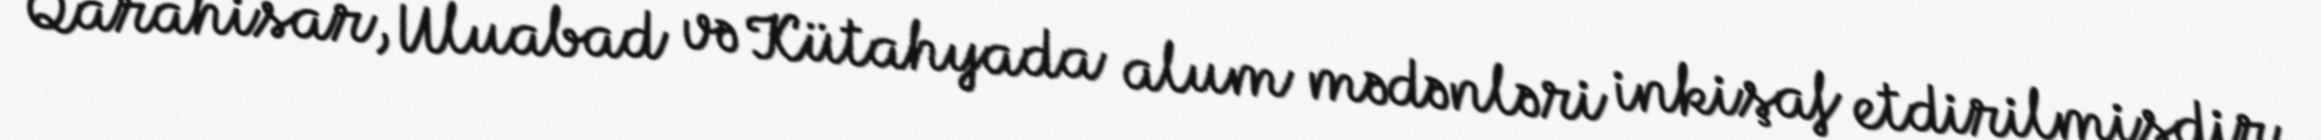
Qarahisar, Uluabad və Kütahyada alum mədənləri inkişaf etdirilmişdir.